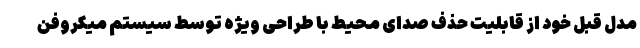
مدل قبل خود از قابلیت حذف صدای محیط با طراحی ویژه توسط سیستم میکروفن